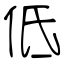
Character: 低